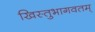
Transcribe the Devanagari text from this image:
खिस्तुभागवतम्